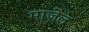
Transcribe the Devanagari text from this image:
माज़ेल